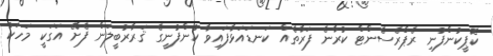
ކޮޕީކުންފުނި ރެޕްރެސެންޓް ކުރާނެ ފަރާތެއް ކަނޑައަޅާފައިވާ ކުންފުނީގެ ޤަރާރުބީލަން ފެށޭ އަގަކީ މަހަކު